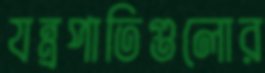
যন্ত্রপাতিগুলোর